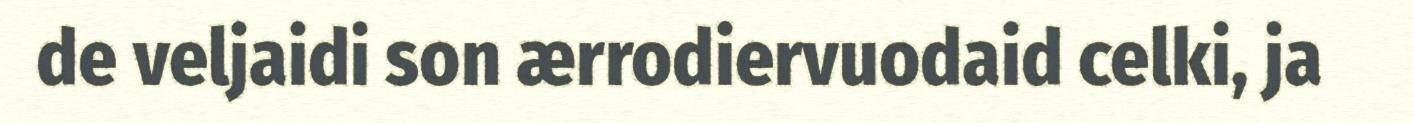
de veljaidi son ærrodiervuodaid celki, ja